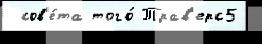
 сов'е́та того́ Трав'ерс5